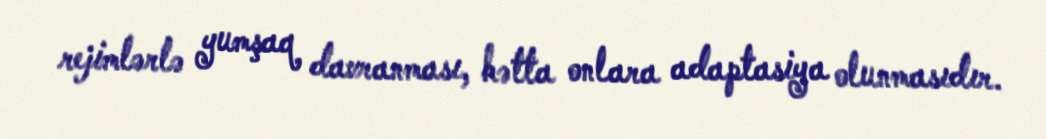
rejimlərlə yumşaq davranması, hətta onlara adaptasiya olunmasıdır.